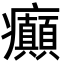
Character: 癲